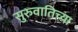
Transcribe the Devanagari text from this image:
सुरुवातिच्या